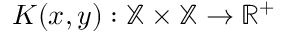
K ( x , y ) : \mathbb { X } \times \mathbb { X } \to \mathbb { R } ^ { + }